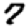
Digit: 7